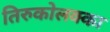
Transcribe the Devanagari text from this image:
तिरुकोलक्का